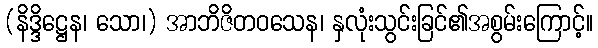
(နိဒ္ဒိဋ္ဌေန၊ သော၊) အာဘိဇိတဝသေန၊ နှလုံးသွင်းခြင်၏အစွမ်းကြောင့်။